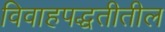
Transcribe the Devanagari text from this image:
विवाहपद्धतीतील